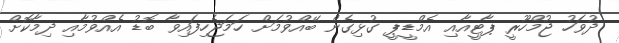
ދުވަހު ޖުމްހޫރީ ޕާޓީއާއި އެމްޑީޕީ ގުޅިގެން ބޭއްވުމަށް ހަމަޖެހިފައިވާ ބޮޑު އެއްވުމާއި ދިމާކޮށް